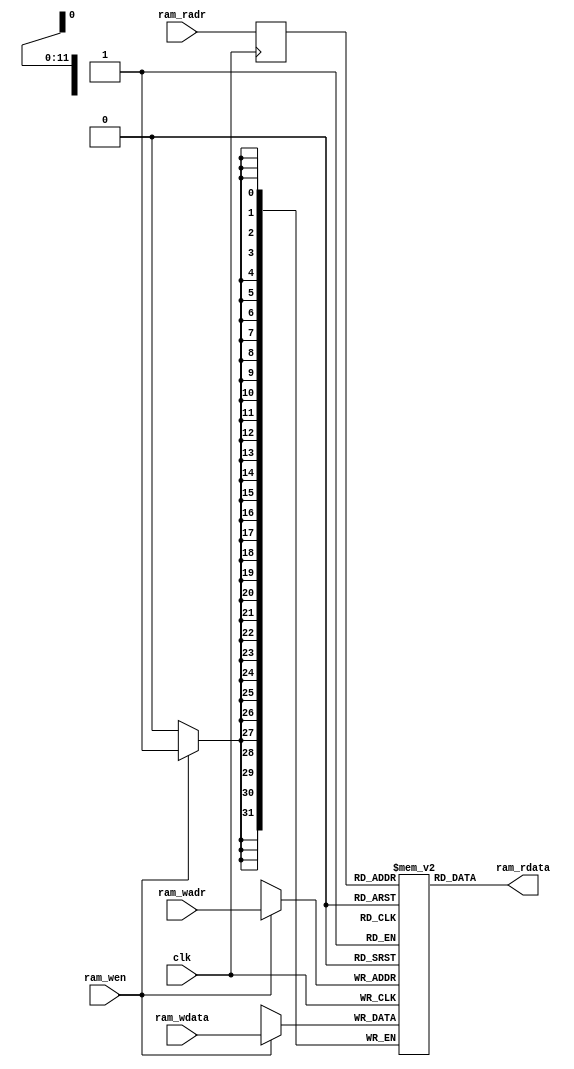
/*
 * My RISC-V RV32I CPU
 *   CPU Instruction RAM Module in IF Stage
 *    Verilog code
 * @auther		Yoshiki Kurokawa <yoshiki.k963@gmail.com>
 * @copylight	2021 Yoshiki Kurokawa
 * @license		https://opensource.org/licenses/MIT     MIT license
 * @version		0.1
 */

module inst_1r1w(
	input clk,
	input [11:0] ram_radr,
	output [31:0] ram_rdata,
	input [11:0] ram_wadr,
	input [31:0] ram_wdata,
	input ram_wen
	);

// 4x1024 1r1w RAM

reg[31:0] ram[0:4095];
reg[11:0] radr;

always @ (posedge clk) begin
	if (ram_wen)
		ram[ram_wadr] <= ram_wdata;
	radr <= ram_radr;
end

assign ram_rdata = ram[radr];

endmodule